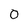
Character: 0